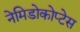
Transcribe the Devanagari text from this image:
नेमिडोकोप्टेस